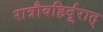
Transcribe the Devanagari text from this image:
रात्रौवह्रिर्दूरात्